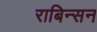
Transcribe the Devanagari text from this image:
राबिन्सन